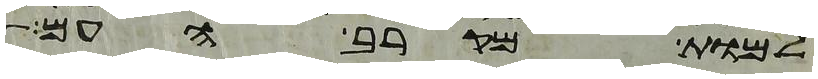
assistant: למות מקרב העם